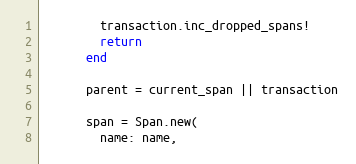
Language: Ruby
        transaction.inc_dropped_spans!
        return
      end

      parent = current_span || transaction

      span = Span.new(
        name: name,